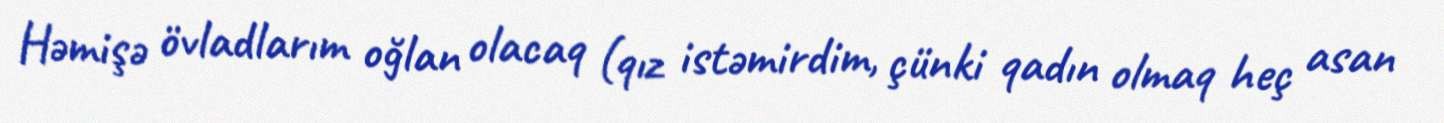
Həmişə övladlarım oğlan olacaq (qız istəmirdim, çünki qadın olmaq heç asan